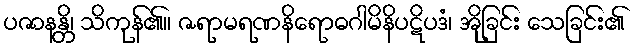
ပဇာနန္တိ၊ သိကုန်၏။ ဇရာမရဏနိရောဓဂါမိနိပဋိပဒံ၊ အိုခြင်း သေခြင်း၏